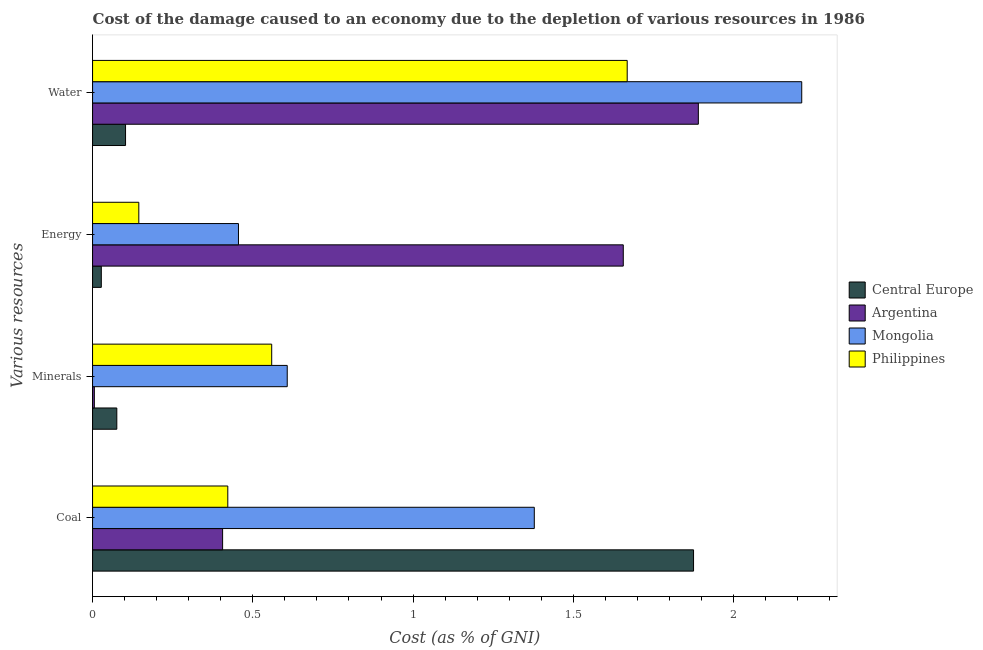
| Various resources | Central Europe | Argentina | Mongolia | Philippines |
 | --- | --- | --- | --- | --- |
 | Coal | 1.88 | 0.406 | 1.38 | 0.422 |
 | Minerals | 0.0757 | 0.00555 | 0.607 | 0.559 |
 | Energy | 0.0273 | 1.66 | 0.455 | 0.144 |
 | Water | 0.103 | 1.89 | 2.21 | 1.67 |